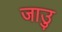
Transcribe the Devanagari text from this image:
जाउु